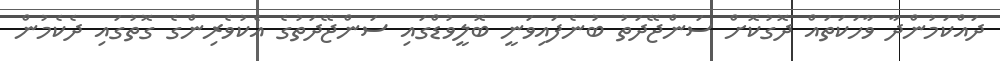
ދައްކަމުންދާ ވާހަކަތައް ދޮގުކޮށް ސަންޖޭދަތު ބުނެފައިވަނީ ބޮލީވުޑްގައި ސަންޖޭދަތުގެ އެކުވެރިންގެ ގޮތުގައި ދެކެމުން